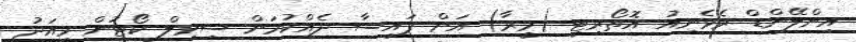
އިންލޭންޑް ރެވެނިއު އޮތޯރިޓީ (މީރާ) އަށް ފައިސާ ދެއްކުމަށް ސިވިލް ކޯޓުން މިއަދު